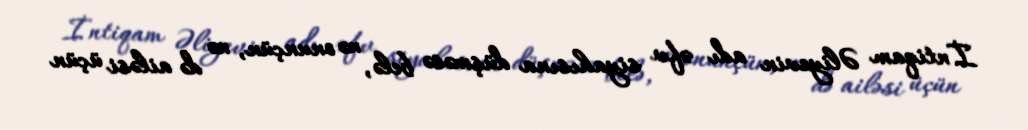
İntiqam Əliyevin adı əfv siyahısına düşməsə belə, nə onunçün, nə də ailəsi üçün